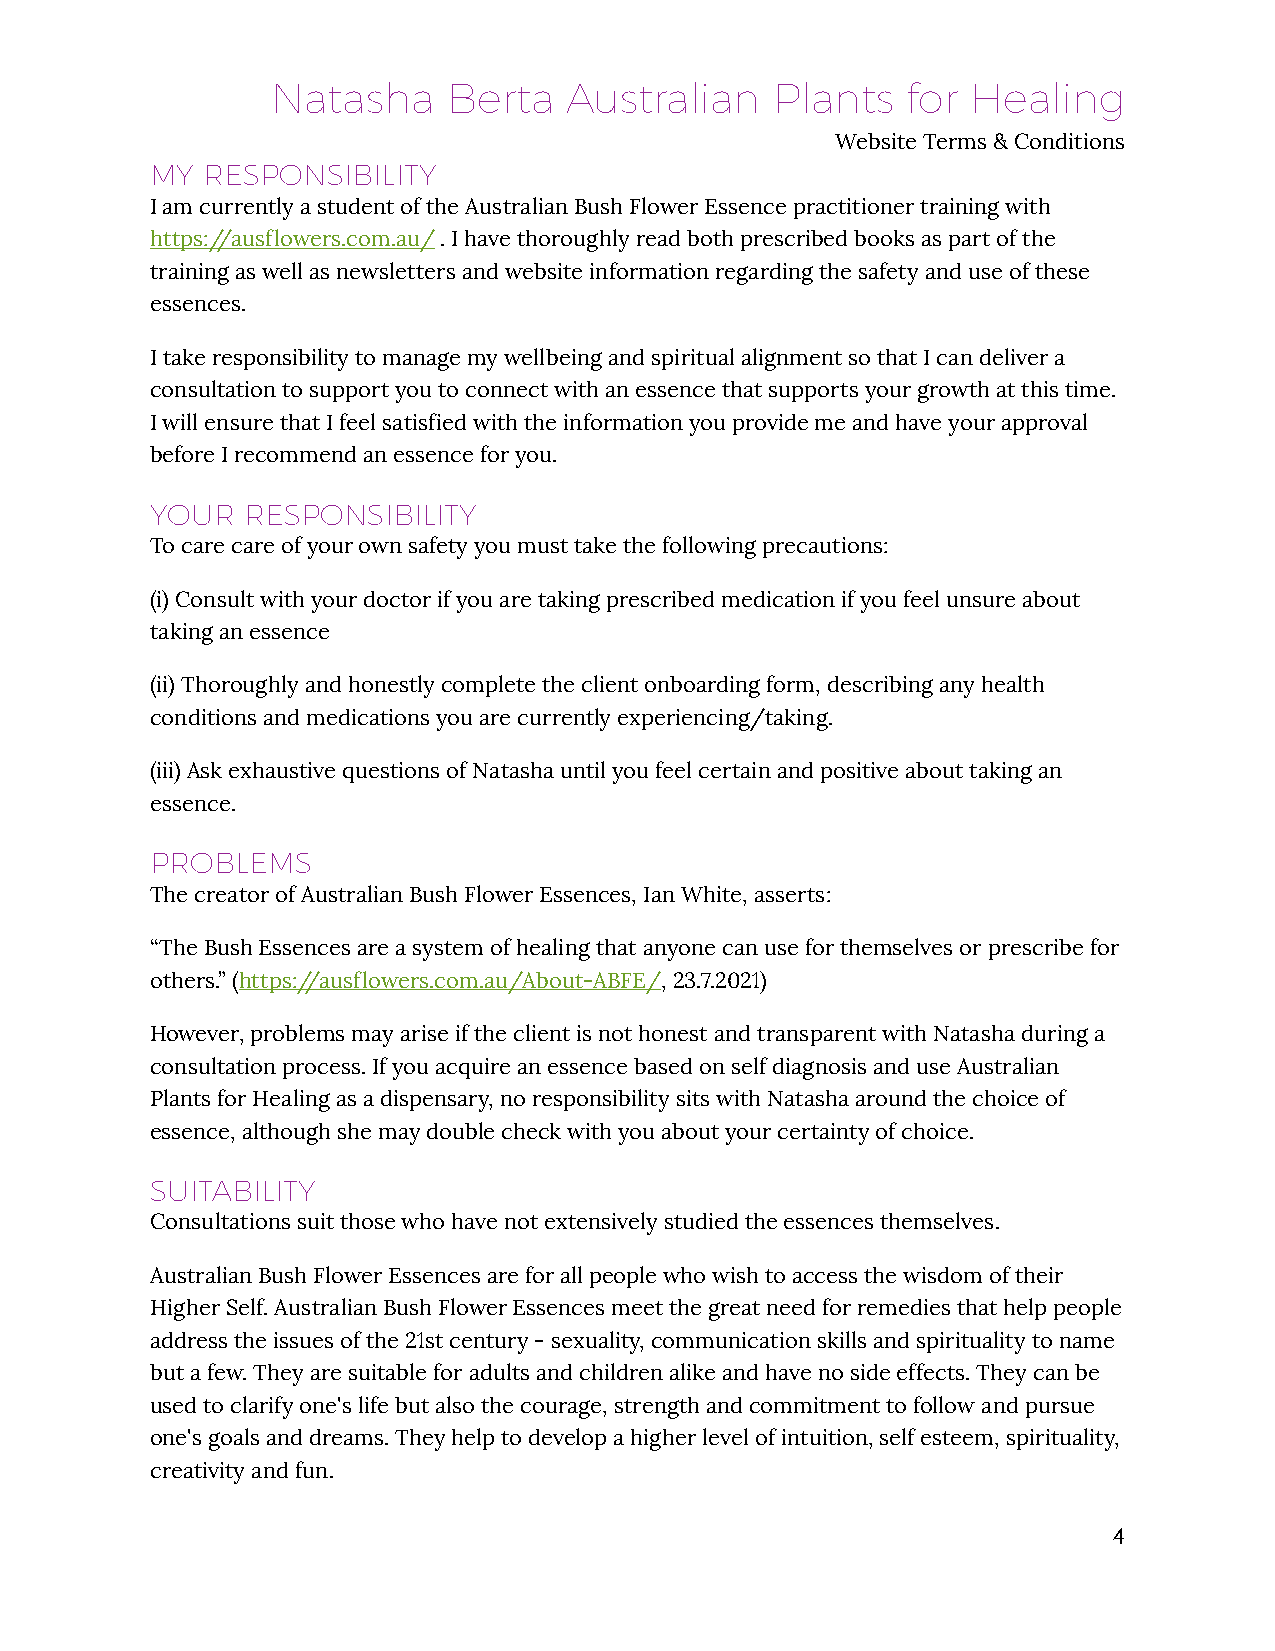
Natasha     Berta   Australian   Plants   for Healing
 Website Terms & Conditions
 MY RESPONSIBILITY
 I am currently a student of the Australian Bush Flower Essence practitioner training with
 https://ausflowers.com.au/ . I have thoroughly read both prescribed books as part of the
 training as well as newsletters and website information regarding the safety and use of these
 essences.
 I take responsibility to manage my wellbeing and spiritual alignment so that I can deliver a
 consultation to support you to connect with an essence that supports your growth at this time.
 I will ensure that I feel satisfied with the information you provide me and have your approval
 before I recommend an essence for you.
 YOUR  RESPONSIBILITY
 To care care of your own safety you must take the following precautions:
 (i) Consult with your doctor if you are taking prescribed medication if you feel unsure about
 taking an essence
 (ii) Thoroughly and honestly complete the client onboarding form, describing any health
 conditions and medications you are currently experiencing/taking.
 (iii) Ask exhaustive questions of Natasha until you feel certain and positive about taking an
 essence.
 PROBLEMS
 The creator of Australian Bush Flower Essences, Ian White, asserts:
 “The Bush Essences are a system of healing that anyone can use for themselves or prescribe for
 others.” (https://ausflowers.com.au/About-ABFE/, 23.7.2021)
 However, problems may arise if the client is not honest and transparent with Natasha during a
 consultation process. If you acquire an essence based on self diagnosis and use Australian
 Plants for Healing as a dispensary, no responsibility sits with Natasha around the choice of
 essence, although she may double check with you about your certainty of choice.
 SUITABILITY
 Consultations suit those who have not extensively studied the essences themselves.
 Australian Bush Flower Essences are for all people who wish to access the wisdom of their
 Higher Self. Australian Bush Flower Essences meet the great need for remedies that help people
 address the issues of the 21st century - sexuality, communication skills and spirituality to name
 but a few. They are suitable for adults and children alike and have no side effects. They can be
 used to clarify one's life but also the courage, strength and commitment to follow and pursue
 one's goals and dreams. They help to develop a higher level of intuition, self esteem, spirituality,
 creativity and fun.
 4